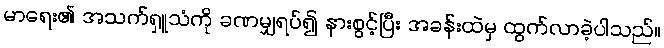
မာရေး၏ အသက်ရှူသံကို ခဏမျှရပ်၍ နားစွင့်ပြီး အခန်းထဲမှ ထွက်လာခဲ့ပါသည်။